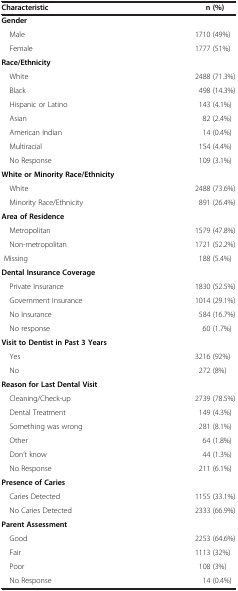
<table><thead><tr><td><b>Characteristic</b></td><td><b>n (%)</b></td></tr></thead><tbody><tr><td><b>Gender</b></td><td> </td></tr><tr><td> Male</td><td>1710 (49%)</td></tr><tr><td> Female</td><td>1777 (51%)</td></tr><tr><td><b>Race/Ethnicity</b></td><td> </td></tr><tr><td> White</td><td>2488 (71.3%)</td></tr><tr><td> Black</td><td>498 (14.3%)</td></tr><tr><td> Hispanic or Latino</td><td>143 (4.1%)</td></tr><tr><td> Asian</td><td>82 (2.4%)</td></tr><tr><td> American Indian</td><td>14 (0.4%)</td></tr><tr><td> Multiracial</td><td>154 (4.4%)</td></tr><tr><td> No Response</td><td>109 (3.1%)</td></tr><tr><td><b>White or Minority Race/Ethnicity</b></td><td> </td></tr><tr><td> White</td><td>2488 (73.6%)</td></tr><tr><td> Minority Race/Ethnicity</td><td>891 (26.4%)</td></tr><tr><td><b>Area of Residence</b></td><td> </td></tr><tr><td> Metropolitan</td><td>1579 (47.8%)</td></tr><tr><td> Non-metropolitan</td><td>1721 (52.2%)</td></tr><tr><td> Missing</td><td>188 (5.4%)</td></tr><tr><td><b>Dental Insurance Coverage</b></td><td> </td></tr><tr><td> Private Insurance</td><td>1830 (52.5%)</td></tr><tr><td> Government Insurance</td><td>1014 (29.1%)</td></tr><tr><td> No Insurance</td><td>584 (16.7%)</td></tr><tr><td> No response</td><td>60 (1.7%)</td></tr><tr><td><b>Visit to Dentist in Past 3 Years</b></td><td> </td></tr><tr><td> Yes</td><td>3216 (92%)</td></tr><tr><td> No</td><td>272 (8%)</td></tr><tr><td><b>Reason for Last Dental Visit</b></td><td> </td></tr><tr><td> Cleaning/Check-up</td><td>2739 (78.5%)</td></tr><tr><td> Dental Treatment</td><td>149 (4.3%)</td></tr><tr><td> Something was wrong</td><td>281 (8.1%)</td></tr><tr><td> Other</td><td>64 (1.8%)</td></tr><tr><td> Don’t know</td><td>44 (1.3%)</td></tr><tr><td> No Response</td><td>211 (6.1%)</td></tr><tr><td><b>Presence of Caries</b></td><td> </td></tr><tr><td> Caries Detected</td><td>1155 (33.1%)</td></tr><tr><td> No Caries Detected</td><td>2333 (66.9%)</td></tr><tr><td><b>Parent Assessment</b></td><td> </td></tr><tr><td> Good</td><td>2253 (64.6%)</td></tr><tr><td> Fair</td><td>1113 (32%)</td></tr><tr><td> Poor</td><td>108 (3%)</td></tr><tr><td> No Response</td><td>14 (0.4%)</td></tr></tbody></table>